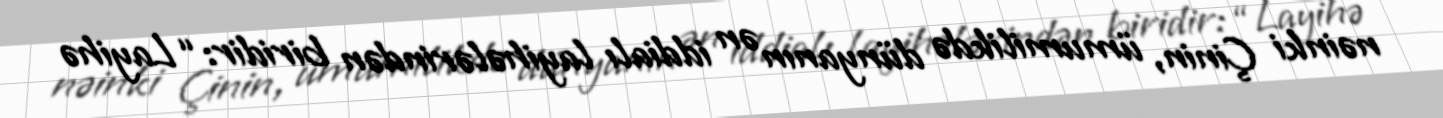
nəinki Çinin, ümumilikdə dünyanın ən iddialı layihələrindən biridir: “Layihə